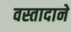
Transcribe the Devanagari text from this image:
वस्तादाने